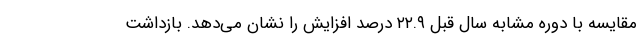
مقایسه با دوره مشابه سال قبل ۲۲.۹ درصد افزایش را نشان می‌دهد. بازداشت